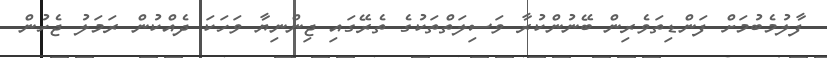
ފާލުމެބުމަށް ފަންޑިތަވެރިން ބޭނުންކުރާ ވަސިލަތްތަކުގެ ތެރޭގައި ޖިންނިޔާ ވަހަކަ ދެއްކުން ރަމަލު ޖެހުން